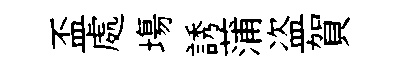
盃處塲誘蒲盗賀